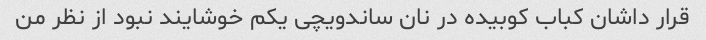
قرار داشان کباب کوبیده در نان ساندویچی یکم خوشایند نبود از نظر من